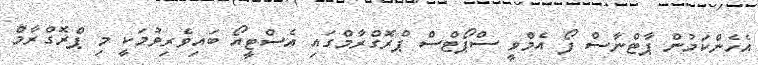
އެހެންކަމުން ޕާޓްނާސް ފޯ އެމްވީ ސްޕޯޓްސް ޕްރޮގްރާމްގައި އެސްޓީއޯ ބައިވެރިވުމަކީ މި ޕްރޮގްރާމް